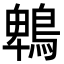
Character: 鵯